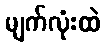
မျက်လုံးထဲ